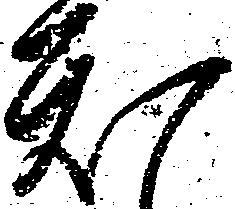
知